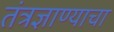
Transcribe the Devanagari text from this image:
तंत्रज्ञाण्याचा